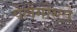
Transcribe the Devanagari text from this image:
पेलेगोस्टो